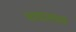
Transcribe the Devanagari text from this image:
भाषातत्तव